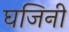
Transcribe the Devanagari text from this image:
घजिनी